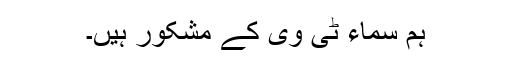
ہم سماء ٹی وی کے مشکور ہیں۔